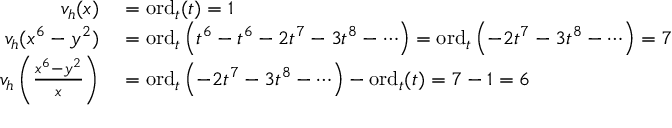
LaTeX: \begin{array} { r l } { v _ { h } ( x ) } & { { } = \mathrm { o r d } _ { t } ( t ) = 1 } \\ { v _ { h } ( x ^ { 6 } - y ^ { 2 } ) } & { { } = \mathrm { o r d } _ { t } \left( t ^ { 6 } - t ^ { 6 } - 2 t ^ { 7 } - 3 t ^ { 8 } - \cdots \right) = \mathrm { o r d } _ { t } \left( - 2 t ^ { 7 } - 3 t ^ { 8 } - \cdots \right) = 7 } \\ { v _ { h } \left( { \frac { x ^ { 6 } - y ^ { 2 } } { x } } \right) } & { { } = \mathrm { o r d } _ { t } \left( - 2 t ^ { 7 } - 3 t ^ { 8 } - \cdots \right) - \mathrm { o r d } _ { t } ( t ) = 7 - 1 = 6 } \end{array}